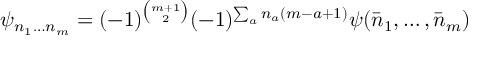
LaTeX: \psi _ { n _ { 1 } \ldots n _ { m } } = ( - 1 ) ^ { { \binom { m + 1 } { 2 } } } ( - 1 ) ^ { \sum _ { a } n _ { a } ( m - a + 1 ) } \psi ( \bar { n } _ { 1 } , \ldots , \bar { n } _ { m } )